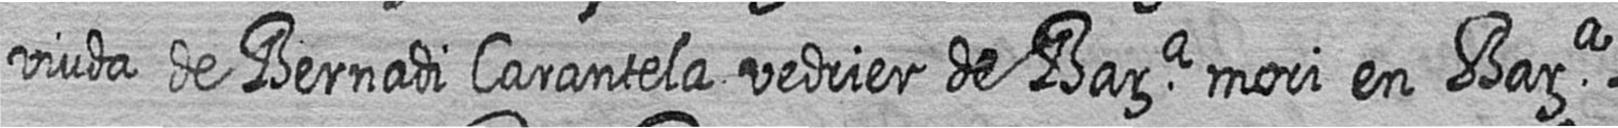
viuda de Bernadi Carantela vedrier de Bara mori en Bara